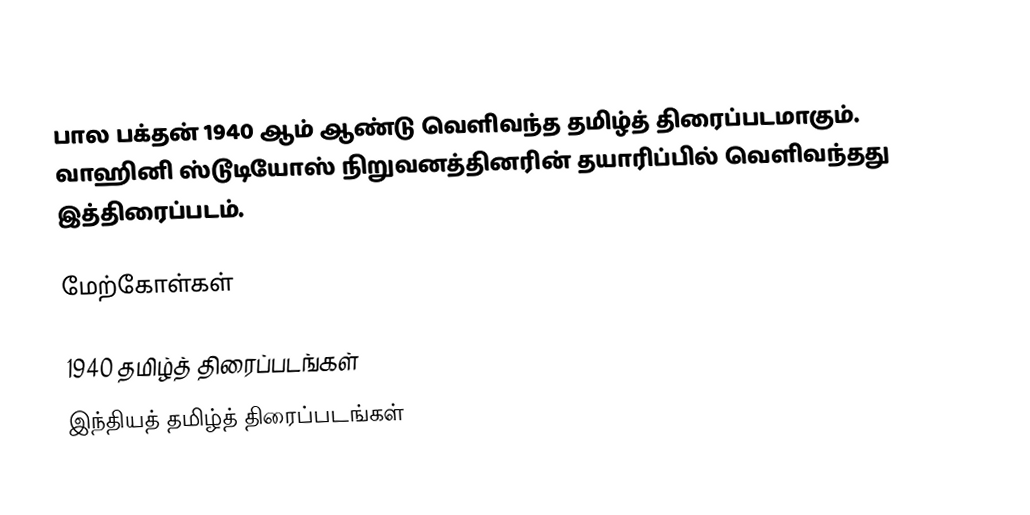
பால பக்தன்  1940 ஆம் ஆண்டு வெளிவந்த தமிழ்த் திரைப்படமாகும். வாஹினி ஸ்டூடியோஸ் நிறுவனத்தினரின் தயாரிப்பில் வெளிவந்தது இத்திரைப்படம்.

மேற்கோள்கள்

1940 தமிழ்த் திரைப்படங்கள்
இந்தியத் தமிழ்த் திரைப்படங்கள்